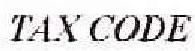
TAX CODE